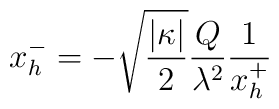
x_{h}^{-} = -\sqrt{\frac{|\kappa |}{2}} \frac{Q}{\lambda ^{2}}\frac{1}{x_{h}^{+}}